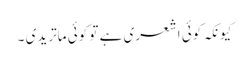
کیونکہ کوئی اشعری ہے تو کوئی ماتریدی ۔